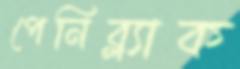
পেনিব্ল্যাক